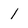
Character: 1